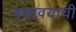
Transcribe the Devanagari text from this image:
बसावयाची